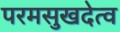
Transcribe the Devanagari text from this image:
परमसुखदेत्व